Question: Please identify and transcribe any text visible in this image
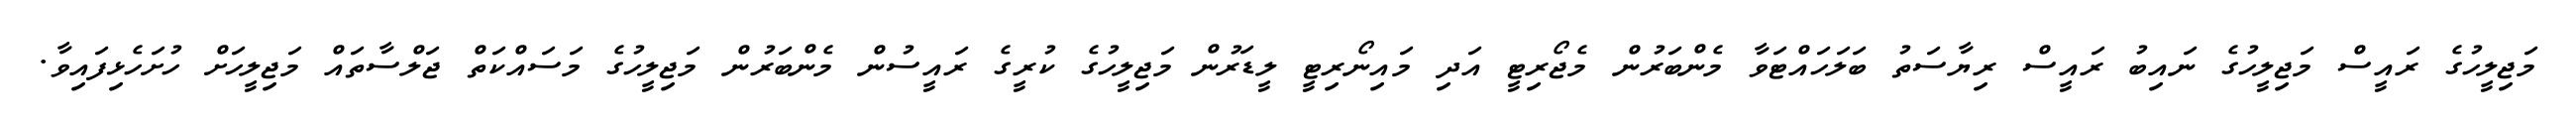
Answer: މަޖިލީހުގެ ރައީސް މަޖިލީހުގެ ނައިބު ރައީސް ރިޔާސަތު ބަލަހައްޓަވާ މެންބަރުން މެޖޯރިޓީ އަދި މައިނޯރިޓީ ލީޑަރުން މަޖިލީހުގެ ކުރީގެ ރައީސުން މެންބަރުން މަޖިލީހުގެ މަސައްކަތް ޖަލްސާތައް މަޖިލީހަށް ހުށަހެޅިފައިވާ.